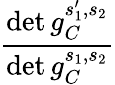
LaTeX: \frac{\operatorname*{det}g_{C}^{s_{1}^{\prime},s_{2}}}{\operatorname*{det}g_{C}^{s_{1},s_{2}}}